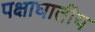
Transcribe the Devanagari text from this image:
पक्षाघातीय